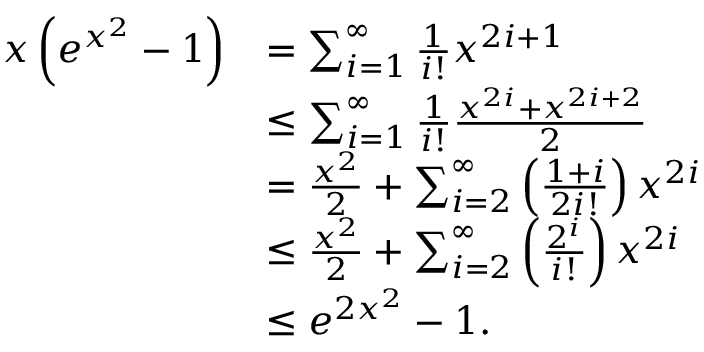
\begin{array} { r l } { x \left( e ^ { x ^ { 2 } } - 1 \right) } & { = \sum _ { i = 1 } ^ { \infty } \frac { 1 } { i ! } x ^ { 2 i + 1 } } \\ & { \le \sum _ { i = 1 } ^ { \infty } \frac { 1 } { i ! } \frac { x ^ { 2 i } + x ^ { 2 i + 2 } } { 2 } } \\ & { = \frac { x ^ { 2 } } { 2 } + \sum _ { i = 2 } ^ { \infty } \left( \frac { 1 + i } { 2 i ! } \right) x ^ { 2 i } } \\ & { \le \frac { x ^ { 2 } } { 2 } + \sum _ { i = 2 } ^ { \infty } \left( \frac { 2 ^ { i } } { i ! } \right) x ^ { 2 i } } \\ & { \le e ^ { 2 x ^ { 2 } } - 1 . } \end{array}